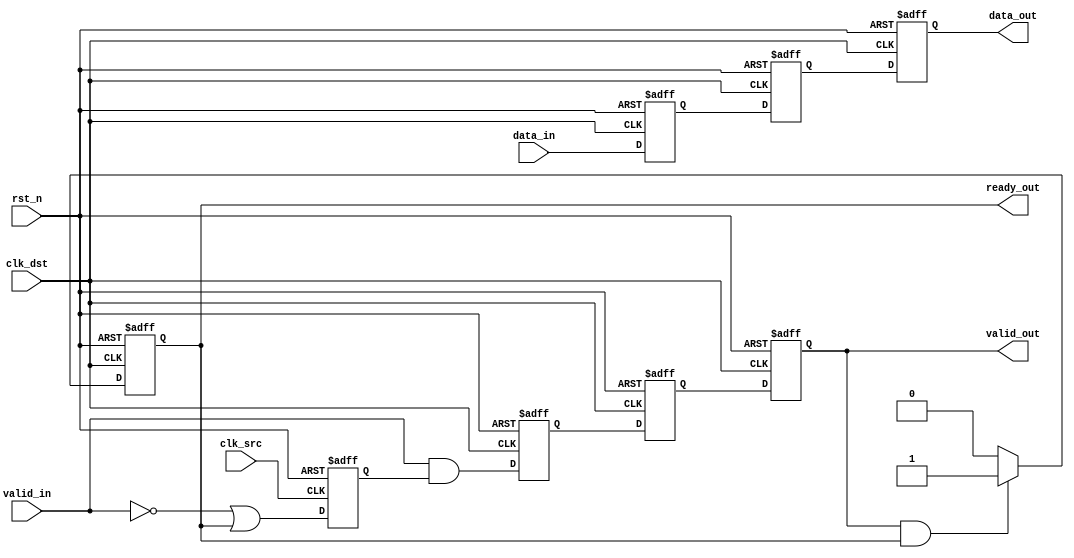
module MemoryBlocksPipelineSynchronizer #(
    parameter DATA_WIDTH = 8,        // Width of the data bus
    parameter NUM_STAGES = 2         // Number of pipeline stages
)(
    input wire clk_src,               // Source clock
    input wire clk_dst,               // Destination clock
    input wire rst_n,                 // Asynchronous reset (active low)
    
    input wire [DATA_WIDTH-1:0] data_in, // Data input from source clock domain
    input wire valid_in,              // Valid signal from source clock domain
    output reg ready_out,             // Ready signal for source clock domain
    output reg [DATA_WIDTH-1:0] data_out, // Synchronized data output to destination clock domain
    output reg valid_out              // Valid signal for destination clock domain
);

    // Internal signals for synchronization
    reg [DATA_WIDTH-1:0] sync_data[0:NUM_STAGES-1];
    reg valid_sync[0:NUM_STAGES-1];

    // Handshaking signals
    reg valid_in_d1, valid_in_d2; // Delayed valid signals for handshaking
    reg ready_in;                 // Ready signal for source clock domain

    // Source clock domain logic
    always @(posedge clk_src or negedge rst_n) begin
        if (!rst_n) begin
            ready_in <= 1'b0;
        end else begin
            // Ready signal logic (can be modified based on application)
            ready_in <= !valid_in || ready_out;
        end
    end

    // Synchronization pipeline
    genvar i;
    generate
        for (i = 0; i < NUM_STAGES; i = i + 1) begin : sync_pipeline
            if (i == 0) begin
                always @(posedge clk_dst or negedge rst_n) begin
                    if (!rst_n) begin
                        sync_data[i] <= 0;
                        valid_sync[i] <= 1'b0;
                    end else begin
                        sync_data[i] <= data_in;
                        valid_sync[i] <= valid_in && ready_in;
                    end
                end
            end else begin
                always @(posedge clk_dst or negedge rst_n) begin
                    if (!rst_n) begin
                        sync_data[i] <= 0;
                        valid_sync[i] <= 1'b0;
                    end else begin
                        sync_data[i] <= sync_data[i-1];
                        valid_sync[i] <= valid_sync[i-1];
                    end
                end
            end
        end
    endgenerate

    // Destination clock domain logic
    always @(posedge clk_dst or negedge rst_n) begin
        if (!rst_n) begin
            data_out <= 0;
            valid_out <= 1'b0;
            ready_out <= 1'b0;
        end else begin
            // Output the last stage data
            data_out <= sync_data[NUM_STAGES-1];
            valid_out <= valid_sync[NUM_STAGES-1];

            // Handshaking logic
            if (valid_out && ready_out) begin
                ready_out <= 1'b1; // Indicate that the destination is ready to receive
            end else begin
                ready_out <= 1'b0; // Reset ready signal if not valid
            end
        end
    end

endmodule